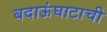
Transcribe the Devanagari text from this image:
बदाऊंघाटाची